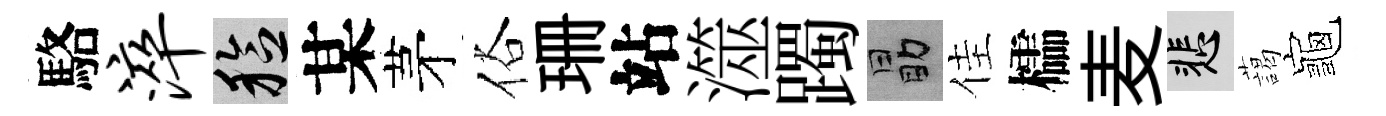
駱淬稔某茅俗珊站澨躅勗佳櫺麦悲藹龜